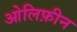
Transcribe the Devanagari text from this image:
ओलिफ़ीन